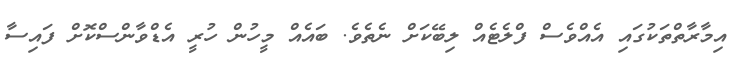
އިމާރާތްތަކުގައި އެއްވެސް ފްލެޓެއް ލިބޭކަށް ނެތެވެ. ބައެއް މީހުންް ހުރީ އެޑްވާންސްކޮށް ފައިސާ